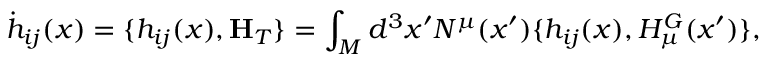
{ } \dot { h } _ { i j } ( x ) = \{ h _ { i j } ( x ) , { \bf H } _ { T } \} = \int _ { M } d ^ { 3 } x ^ { \prime } N ^ { \mu } ( x ^ { \prime } ) \{ h _ { i j } ( x ) , H _ { \mu } ^ { G } ( x ^ { \prime } ) \} ,